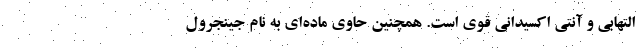
التهابی و آنتی اکسیدانی قوی است. همچنین حاوی ماده‌ای به نام جینجرول